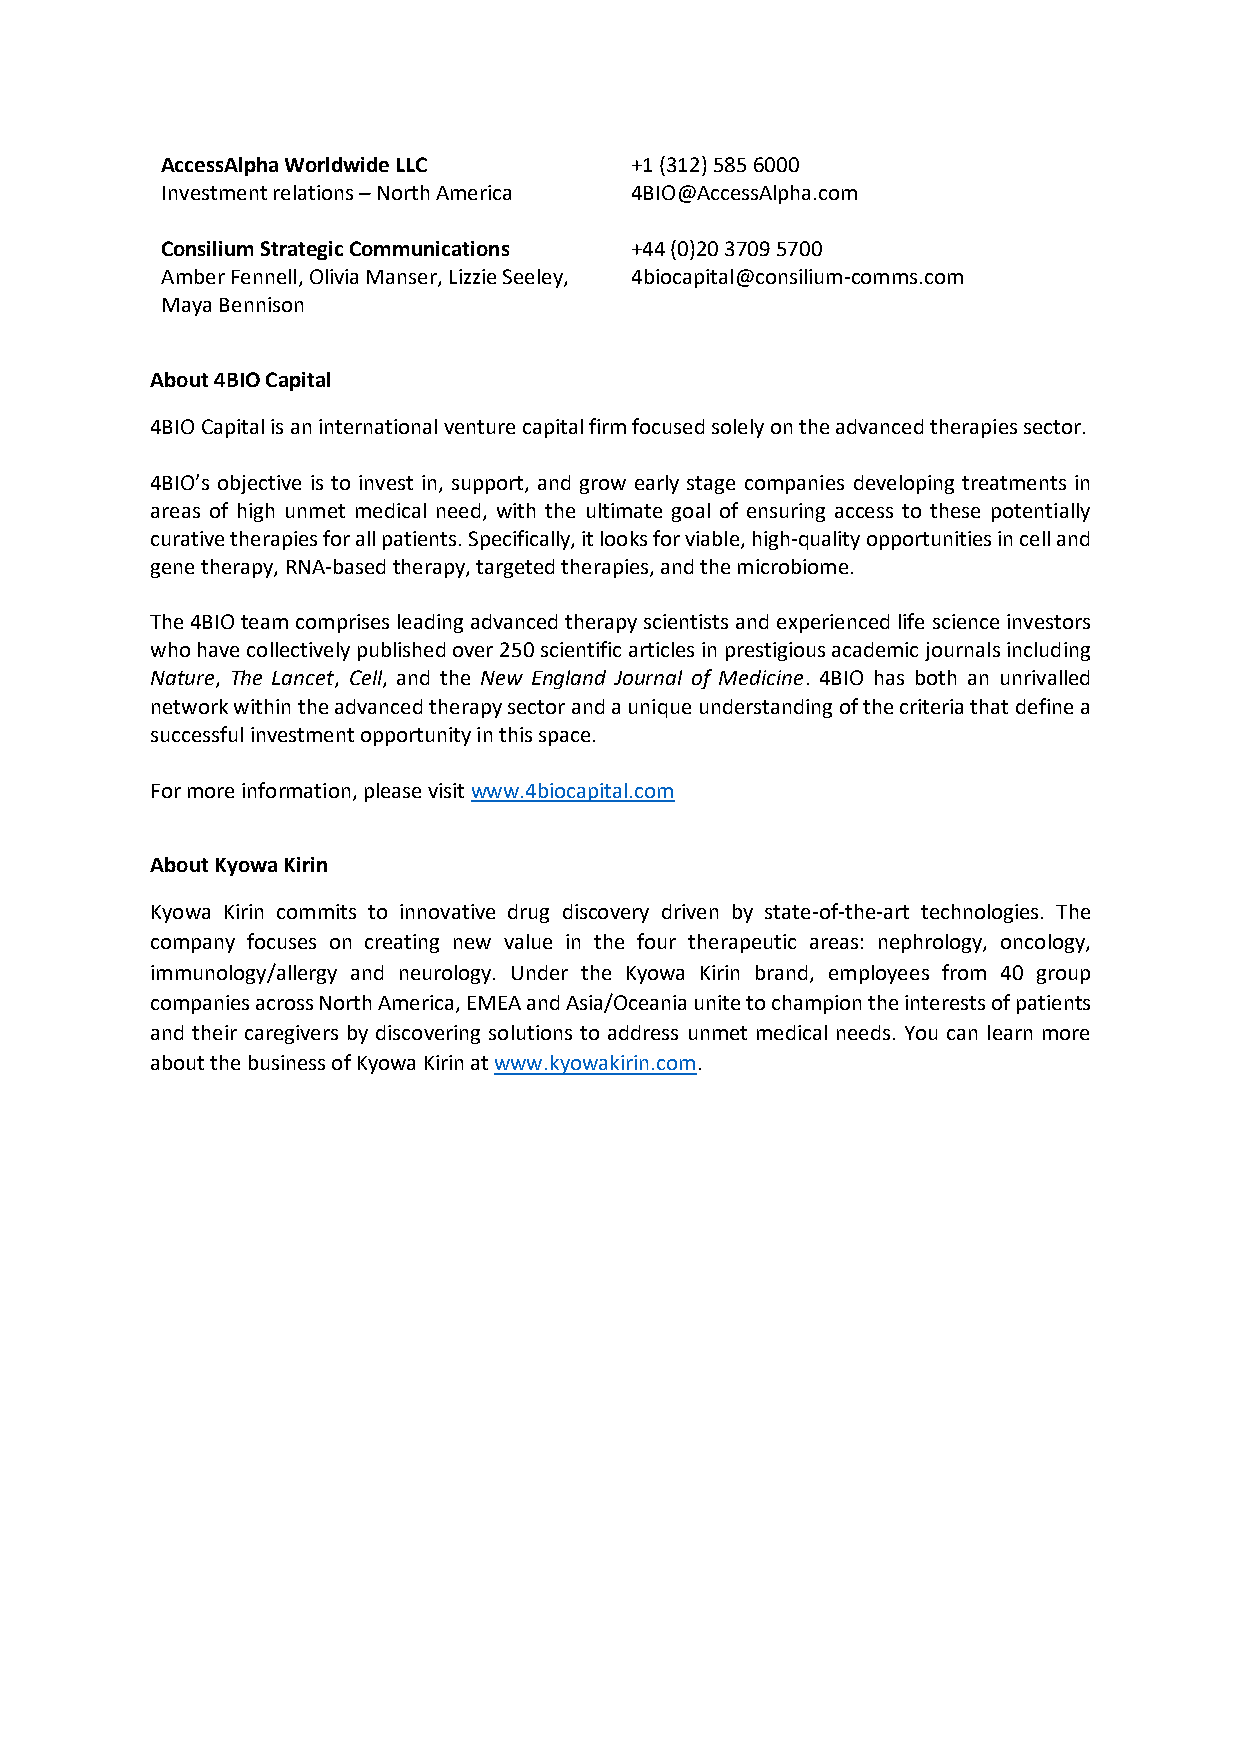
AccessAlpha Worldwide LLC      +1 (312) 585 6000
 Investment relations – North America 4BIO@AccessAlpha.com
 Consilium Strategic Communications +44 (0)20 3709 5700
 Amber Fennell, Olivia Manser, Lizzie Seeley, 4biocapital@consilium-comms.com
 Maya Bennison
 About 4BIO Capital
 4BIO Capital is an international venture capital firm focused solely on the advanced therapies sector.
 4BIO’s objective is to invest in, support, and grow early stage companies developing treatments in
 areas of high unmet medical need, with the ultimate goal of ensuring access to these potentially
 curative therapies for all patients. Specifically, it looks for viable, high-quality opportunities in cell and
 gene therapy, RNA-based therapy, targeted therapies, and the microbiome.
 The 4BIO team comprises leading advanced therapy scientists and experienced life science investors
 who have collectively published over 250 scientific articles in prestigious academic journals including
 Nature, The Lancet, Cell, and the New England Journal of Medicine. 4BIO has both an unrivalled
 network within the advanced therapy sector and a unique understanding of the criteria that define a
 successful investment opportunity in this space.
 For more information, please visit www.4biocapital.com
 About Kyowa Kirin
 Kyowa Kirin commits to innovative drug discovery driven by state-of-the-art technologies. The
 company focuses on creating new value in the four therapeutic areas: nephrology, oncology,
 immunology/allergy and neurology. Under the Kyowa Kirin brand, employees from 40 group
 companies across North America, EMEA and Asia/Oceania unite to champion the interests of patients
 and their caregivers by discovering solutions to address unmet medical needs. You can learn more
 about the business of Kyowa Kirin at www.kyowakirin.com.